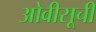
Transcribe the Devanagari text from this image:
ओवीसूची